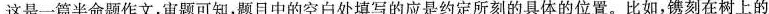
这是一篇半命题作文，审题可知，题目中的空白处填写的应是约定所刻的具体的位置。比如，镌刻在树上的